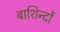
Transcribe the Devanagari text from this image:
बाशिन्दों